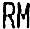
RM